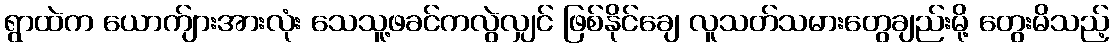
ရွာထဲက ယောက်ျားအားလုံး သေသူ့ဖခင်ကလွဲလျှင် ဖြစ်နိုင်ချေ လူသတ်သမားတွေချည်းမို့ တွေးမိသည့်